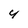
Character: 4